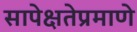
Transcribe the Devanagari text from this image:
सापेक्षतेप्रमाणे